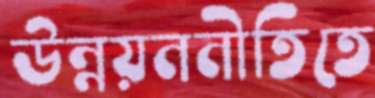
উন্নয়ননীতিতে